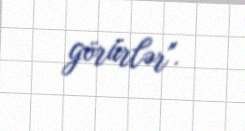
görürlər".